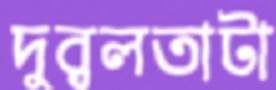
দুর্বলতাটা